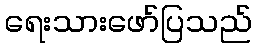
ရေးသားဖော်ပြသည်